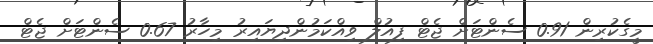
މީގެކުރިން 0.91 ސެންޓަށް ޖެޓް ފިއުލް ވިއްކަމުންދިޔައިރު މިހާރު 0.67 ސެންޓަށް ޖެޓް